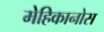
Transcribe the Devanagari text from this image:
मेहिकानोस